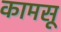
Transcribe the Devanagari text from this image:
कामसू